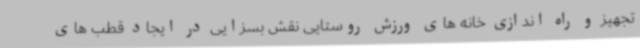
تجهیز و راه اندازی خانه های ورزش روستایی نقش بسزایی در ایجاد قطب های